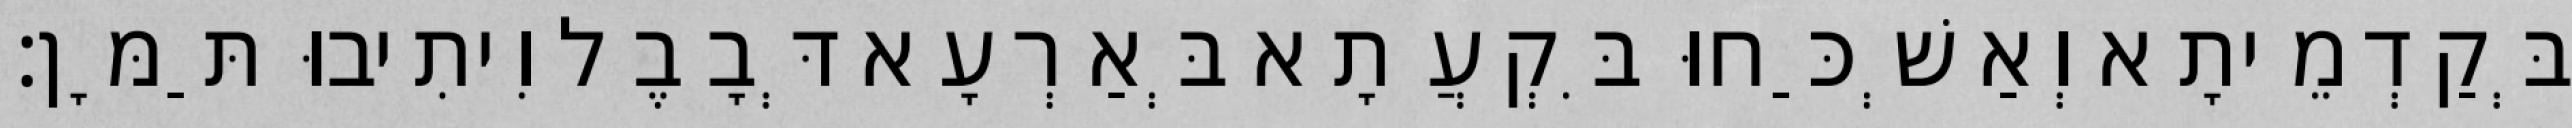
בְּקַדְמֵיתָא וְאַשְׁכַּחוּ בִּקְעֲתָא בְּאַרְעָא דְּבָבֶל וִיתִיבוּ תַּמָּן׃